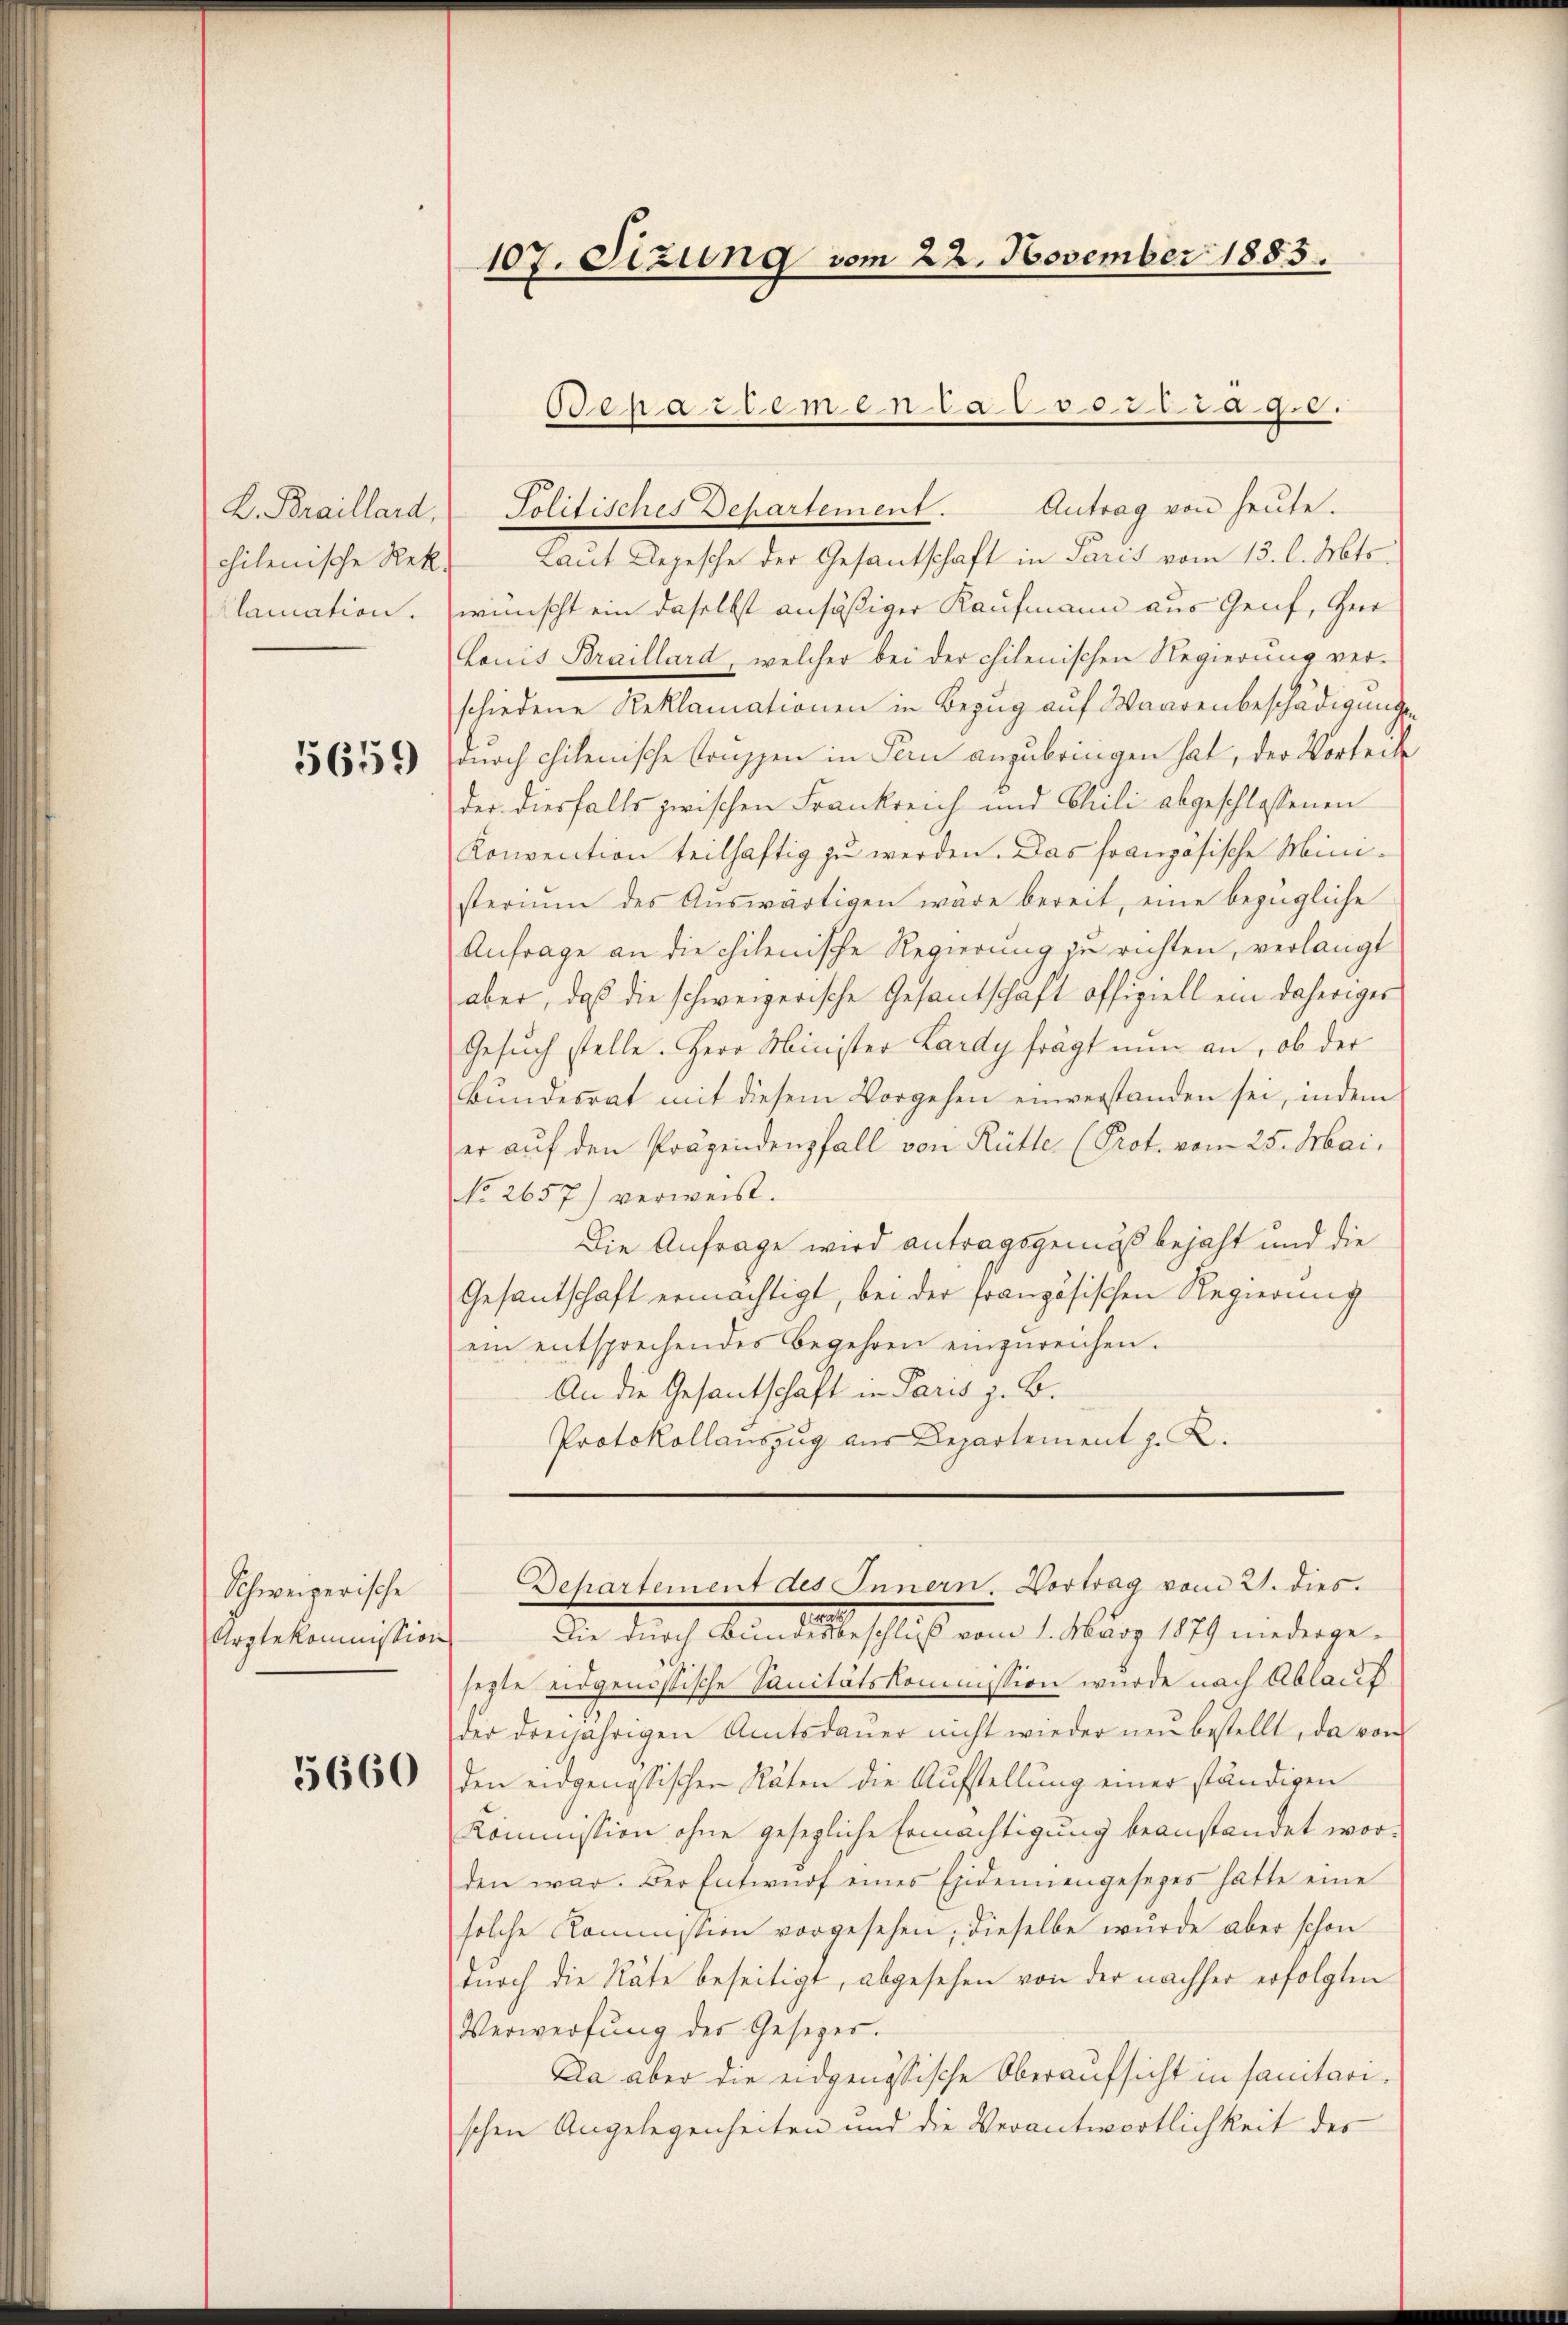
chilenische Rek

5659

Schweizerische
Arztekommission

5660

107. Sizung vom 22. November 1885.

Ooeaedenen ca 800. 38. 29.8.
L. Braillard, Politisches Departement. Antrag von heute.

Laut Depesche der Gesantschaft in Paris vom 13. l. Mts.
klamation. wünscht ein daselbst ansäßiger Kaufmann aus Genf, Ger
Lauis Braillard, welcher bei der chilenischen Regierung ver-
schiedene Reklamationen in Bezug auf Waarenbeschädigunge
durch chilenische Truppen in Pern anzubringen hat, der Vorteil
der diesfalls zwischen Frankreich und Chili abgeschlossenen
Konvention teilhaftig zu werden. Das französische Ministeriŭm des Aŭswärtigen wäre bereit, eine bezügliche
Anfrage an die chilenische Regierung zu richten, verlangt
aber, daß die schweizerische Gesantschaft offiziell ein daheriges
Gesuch stelle. Herr Minister Lardy frägt nun an, ob der
Bŭndesrat mit diesem Vorgehen einverstanden sei, indem
er auf den Präsendenfall von Rütter (Prot. vom 25. Mai,
No 2657) verweist.
Die Anfrage wird antragsgemäß bejaht und die
Gesantschaft ermächtigt, bei der französischen Regierung
ein entsprechendes Begehren einzŭreichen.
An die Gesantschaft in Paris z. B.
Protokollauszug aus Departement J. L.

Departement des Innern. Vortrag vom 21. dies

Aber durch Artilleschluß vom 1. März 1891 einedergesezte eidgenössische Sanitätskommission wurde nach Ablauf
der dreijährigen Amtsdaŭer nicht wieder neu bestellt, da von
den eidgenössischen Räten die Aufstellung einer ständigen
Kommission ohne gesezliche Ermächtigung beanstandet worden war. Der Entwŭrf eines Eidemiengesezes hatte eine
solche Kommission vorgesehen, dieselbe wurde aber schon
durch die Räte beseitigt, abgesehen von der nachher erfolgten
Verwerfung des Gesetzer.
Da aber die eidgenössische Oberaufsicht in sanitari
schen Angelegenheiten und die Verantwortlichkeit des